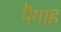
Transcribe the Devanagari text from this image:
पैगाह